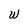
Character: W